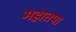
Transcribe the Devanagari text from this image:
महातपा